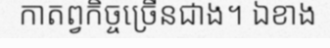
កាតព្វកិច្ចច្រើនជាង។ ឯខាង